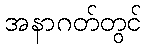
အနာဂတ်တွင်